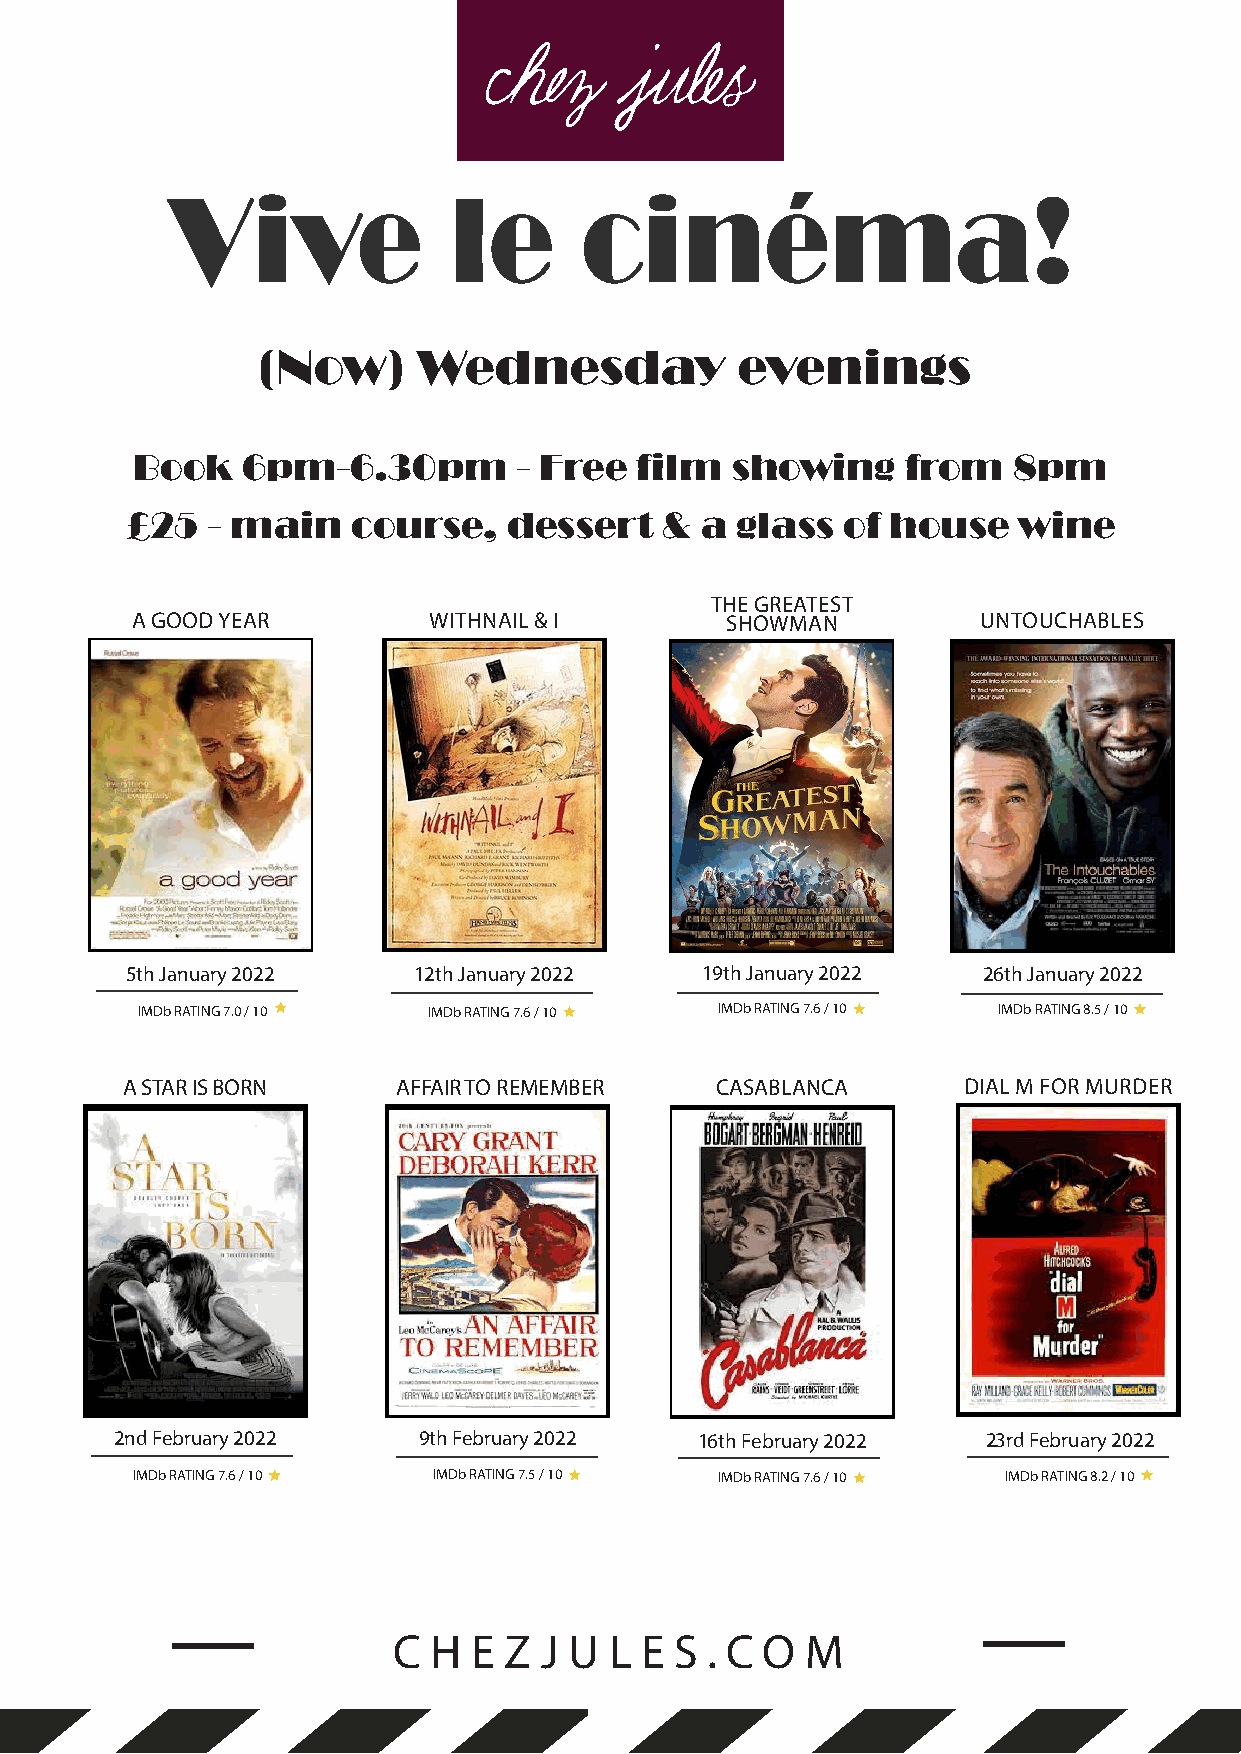
Vive               le      cinéma!
 (Now)      Wednesday            evenings
 Book   6pm-6.30pm        - Free  film  showing     from   8pm
 £25   - main   course,    dessert   & a  glass  of house   wine
 THE GREATEST
 A GOOD YEAR        WITHNAIL & I        SHOWMAN          UNTOUCHABLES
 8.1 / 10
 5th January 2022   12th January 2022  19th January 2022  26th January 2022
 IMDb RATING 7.0 / 10 IMDb RATING 7.6 / 10 IMDb RATING 7.6 / 10 IMDb RATING 8.5 / 10
 A STAR IS BORN    AFFAIR TO REMEMBER   CASABLANCA       DIAL M FOR MURDER
 IMDb RATING 7.6 / 10
 2nd February 2022   9th February 2022 16th February 2022 23rd February 2022
 IMDb RATING 7.6 / 10 IMDb RATING 7.5 / 10 IMDb RATING 7.6 / 10 IMDb RATING 8.2 / 10
 C H  E Z  J U L E  S . C O M